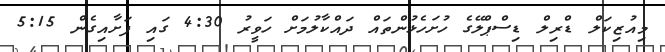
މިއުޒިކަލް ޑްރިލް ޑިސްޕްލޭގެ ހުށަހެޅުންތައް ދައްކާލުމަށް ހަވީރު 4:30 ގައި ފަށާއިގެން 5:15